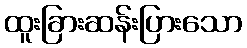
ထူးခြားဆန်းပြားသော